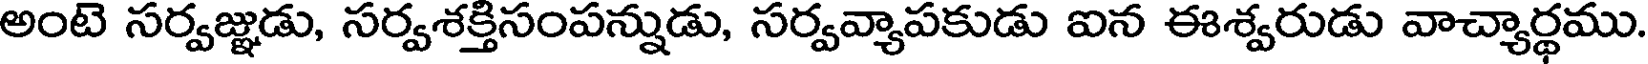
అంటె సర్వజ్ఞడు, సర్వశక్తిసంపన్నుడు, సర్వవ్యాపకుడు ఐన ఈశ్వరుడు వాచ్యార్థము